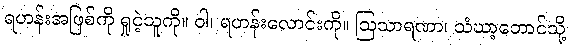
ရဟန်းအဖြစ်ကို ရှုငဲ့သူကို။ ဝါ၊ ရဟန်းလောင်းကို။ ဩသာရဏာ၊ သံဃာ့ဘောင်သို့